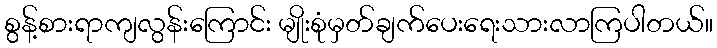
စွန့်စားရာကျလွန်းကြောင်း မျိုးစုံမှတ်ချက်ပေးရေးသားလာကြပါတယ်။